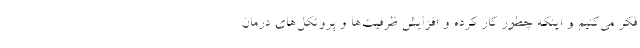
فکر می‌کنیم و اینکه چطور کار کرده و افزایش ظرفیت‌ها و پروتکل‌های درمان